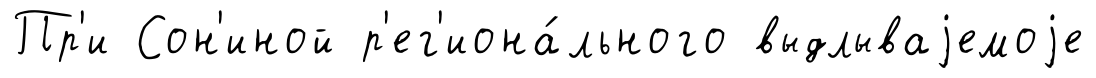
Пр'и Сон'иной р'ег'иона́льного выдлываjемоjе